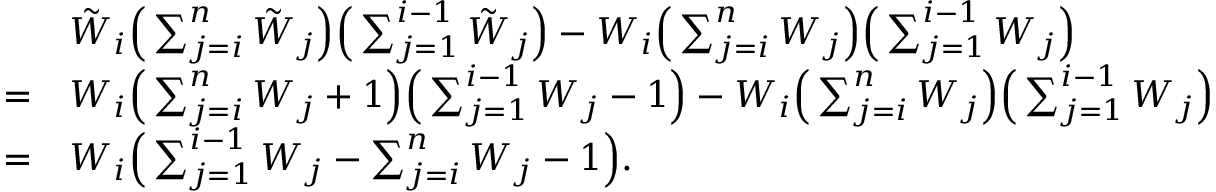
\begin{array} { r l } & { { \tilde { W } } _ { i } \Big ( \sum _ { j = i } ^ { n } { \tilde { W } } _ { j } \Big ) \Big ( \sum _ { j = 1 } ^ { i - 1 } { \tilde { W } } _ { j } \Big ) - W _ { i } \Big ( \sum _ { j = i } ^ { n } W _ { j } \Big ) \Big ( \sum _ { j = 1 } ^ { i - 1 } W _ { j } \Big ) } \\ { = } & { W _ { i } \Big ( \sum _ { j = i } ^ { n } W _ { j } + 1 \Big ) \Big ( \sum _ { j = 1 } ^ { i - 1 } W _ { j } - 1 \Big ) - W _ { i } \Big ( \sum _ { j = i } ^ { n } W _ { j } \Big ) \Big ( \sum _ { j = 1 } ^ { i - 1 } W _ { j } \Big ) } \\ { = } & { W _ { i } \Big ( \sum _ { j = 1 } ^ { i - 1 } W _ { j } - \sum _ { j = i } ^ { n } W _ { j } - 1 \Big ) . } \end{array}